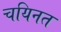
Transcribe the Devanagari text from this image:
चयिनत